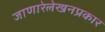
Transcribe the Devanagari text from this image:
जाणारेलेखनप्रकार